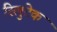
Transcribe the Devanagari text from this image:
रिलुटेक